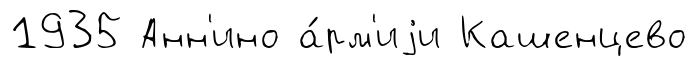
1935 Анн'ино а́рм'иjи Кашенцево